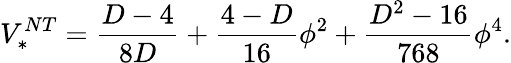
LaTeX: V_{*}^{NT}=\frac{D-4}{8D}+\frac{4-D}{16}\phi^{2}+\frac{D^{2}-16}{768}\phi^{4}.